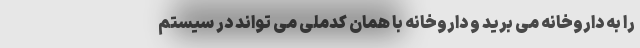
را به داروخانه می برید و داروخانه با همان کدملی می تواند در سیستم